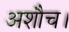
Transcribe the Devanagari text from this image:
अशौच।